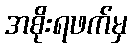
အစိုးရဖက်မှ